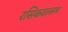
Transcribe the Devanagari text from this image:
रसिकवल्लभ